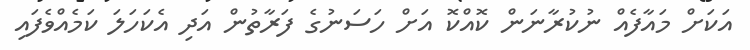
އަކަށް މައާފެއް ނުކުރާނަން ކޮއްކޮ އަށް ހަސަނުގެ ފަރާތުން އަދި އެކަހަލަ ކަމެއްވެފައި